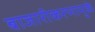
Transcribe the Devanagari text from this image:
बाजारीकरणामुळे